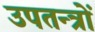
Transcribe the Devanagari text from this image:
उपतन्त्रों